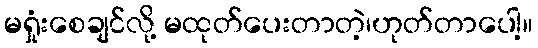
မရှုံးစေချင်လို့ မထုတ်ပေးတာတဲ့၊ဟုတ်တာပေါ့။